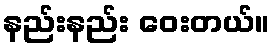
နည်းနည်း ဝေးတယ်။